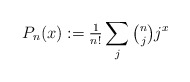
\begin{align*}P_n(x):={\tfrac1{n!}}\sum_{j}\tbinom njj^x\end{align*}